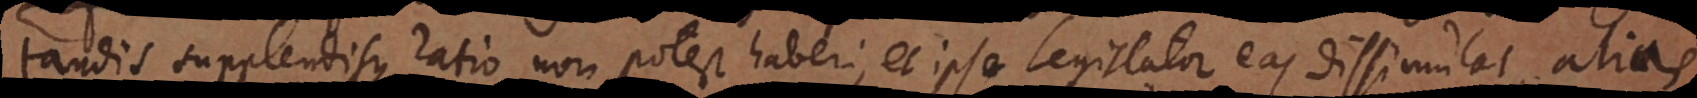
tandis supplendisque ratio non potest haberi, et ipse Legislator eas dissimulat, alias